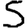
Digit: 5